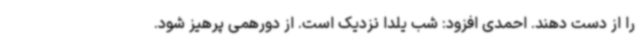
را از دست دهند. احمدی افزود: شب یلدا نزدیک است. از دورهمی پرهیز شود.